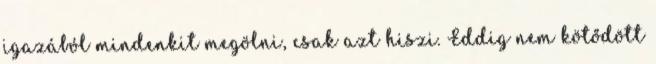
igazából mindenkit megölni, csak azt hiszi. Eddig nem kötődött